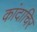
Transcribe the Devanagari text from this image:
कांदाचिर